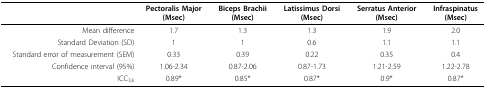
|  | Pectoralis Major(Msec) | Biceps Brachii(Msec) | Latissimus Dorsi(Msec) | Serratus Anterior(Msec) | Infraspinatus(Msec) |
 | --- | --- | --- | --- | --- | --- |
 | Mean difference | 1.7 | 1.3 | 1.3 | 1.9 | 2.0 |
 | Standard Deviation (SD) | 1 | 1 | 0.6 | 1.1 | 1.1 |
 | Standard error of measurement (SEM) | 0.33 | 0.39 | 0.22 | 0.35 | 0.4 |
 | Confidence interval (95%) | 1.06-2.34 | 0.87-2.06 | 0.87-1.73 | 1.21-2.59 | 1.22-2.78 |
 | ICC3,k | 0.89* | 0.85* | 0.87* | 0.9* | 0.87* |